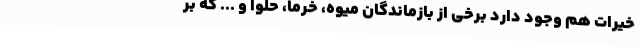
خیرات هم وجود دارد برخی از بازماندگان میوه، خرما، حلوا و ... که بر